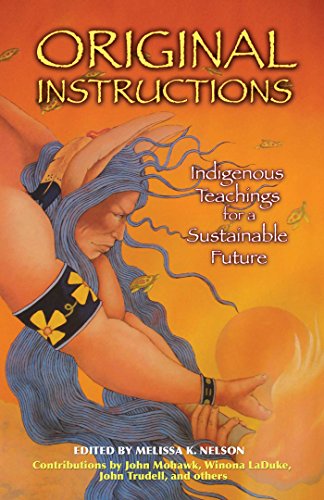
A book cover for Original Instructions: Indigenous Teachings for a Sustainable Future; Religion & Spirituality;